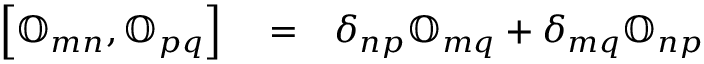
\begin{array} { r l r } { \left[ { \mathbb O } _ { m n } , { \mathbb O } _ { p q } \right] } & { { } = } & { \delta _ { n p } { \mathbb O } _ { m q } + \delta _ { m q } { \mathbb O } _ { n p } } \end{array}